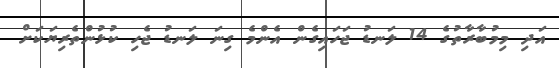
އަދި މިމުބާރާތުގެ 14 ލަނޑު ޖަހައިގެން އެންމެ ގިނަ ލަނޑު ޖެހި ކުޅުންތެރިޔަކަށް